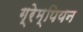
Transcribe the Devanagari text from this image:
ग्रेम्पियन